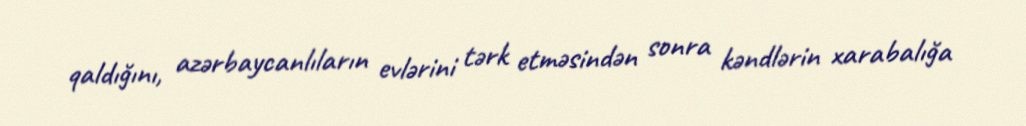
qaldığını, azərbaycanlıların evlərini tərk etməsindən sonra kəndlərin xarabalığa